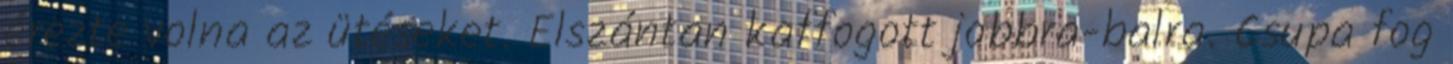
érezte volna az ütéseket. Elszántan kaffogott jobbra-balra. Csupa fog